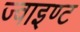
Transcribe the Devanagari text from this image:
ज्वाइण्ट